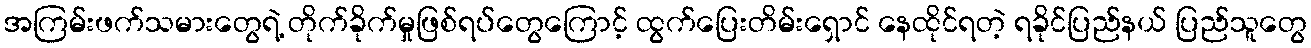
အကြမ်းဖက်သမားတွေရဲ့ တိုက်ခိုက်မှုဖြစ်ရပ်တွေကြောင့် ထွက်ပြေးတိမ်းရှောင် နေထိုင်ရတဲ့ ရခိုင်ပြည်နယ် ပြည်သူတွေ